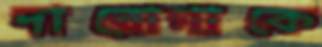
দারোগাকে